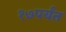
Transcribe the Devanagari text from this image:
१७पर्यंत